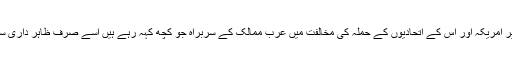
ہمارے خیال میں اس کا یہ مطلب بھی سمجھا جا سکتا ہے کہ عراق پر امریکہ اور اس کے اتحادیوں کے حملہ کی مخالفت میں عرب ممالک کے سربراہ جو کچھ کہہ رہے ہیں اسے صرف ظاہر داری سجھنا چاہیے ورنہ درون پردہ اس سے مختلف ماحول بھی موجود ہے۔